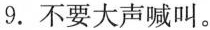
9.不要大声喊叫。